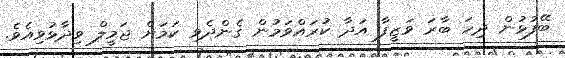
ބޭފުޅުން ދިހަ ބާރަ ވަޒީފާ އަދާ ކުރައްވަމުން ގެންދެވި ކަމަށް ޖަމީލް ވިދާޅުވިއެވެ.